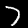
Label: 7